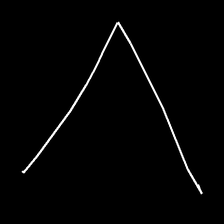
Glyph: region